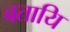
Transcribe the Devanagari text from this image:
बतायि